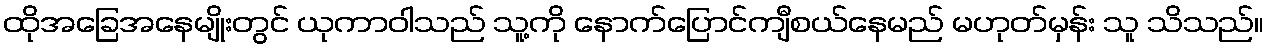
ထိုအခြေအနေမျိုးတွင် ယုကာဝါသည် သူ့ကို နောက်ပြောင်ကျီစယ်နေမည် မဟုတ်မှန်း သူ သိသည်။